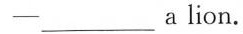
-___ a lion.